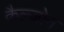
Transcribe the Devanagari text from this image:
कैल्जोन